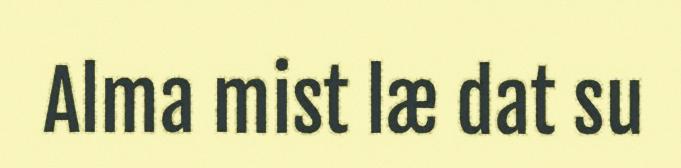
Alma mist læ dat su